Civil Veterinary Dept. Bombay admin report 1907-1913 - 1907-1913
Year: 1907
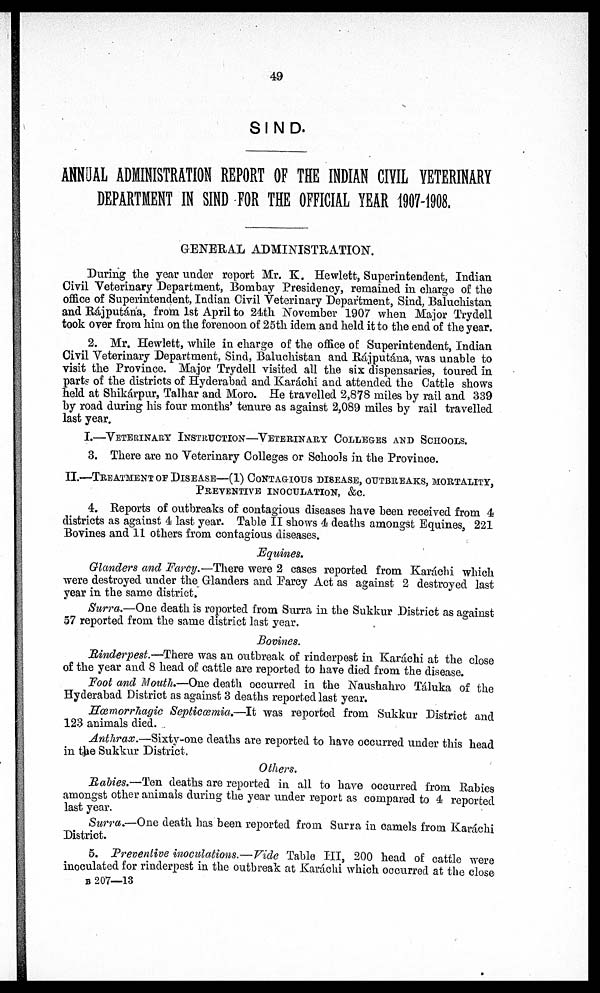
49
SIND.
ANNUAL ADMINISTRATION REPORT OF THE INDIAN CIVIL VETERINARY
DEPARTMENT IN SIND FOR THE OFFICIAL YEAR 1907-1908.
GENERAL ADMINISTRATION.
During the year under report Mr. K. Hewlett, Superintendent, Indian
Civil Veterinary Department, Bombay Presidency, remained in charge of the
office of Superintendent, Indian Civil Veterinary Department, Sind, Baluchistan
and Rájputána, from 1st April to 24th November 1907 when Major Trydell
took over from him on the forenoon of 25th idem and held it to the end of the year.
2. Mr. Hewlett, while in charge of the office of Superintendent, Indian
Civil Veterinary Department, Sind, Baluchistan and Rájputána, was unable to
visit the Province. Major Trydell visited all the six dispensaries, toured in
parts of the districts of Hyderabad and Karáchi and attended the Cattle shows
held at Shikárpur, Talhar and Moro. He travelled 2,878 miles by rail and 339
by road during his four months' tenure as against 2,089 miles by rail travelled
last year.
I.—VETERINARY INSTRUCTION—VETERINARY COLLEGES AND SCHOOLS.
3. There are no Veterinary Colleges or Schools in the Province.
II.—TREATMENT OF DISEASE—(1) CONTAGIOUS DISEASE, OUTBREAKS, MORTALITY,
PREVENTIVE INOCULATION, &C.
4. Reports of outbreaks of contagious diseases have been received from 4
districts as against 4 last year. Table II shows 4 deaths amongst Equines, 221
Bovines and 11 others from contagious diseases.
Equines.
Glanders and Farcy.—There were 2 cases reported from Karachi which
were destroyed under the Glanders and Farcy Act as against 2 destroyed last
year in the same district.
Surra.—One death is reported from Surra in the Sukkur District as against
57 reported from the same district last year.
Bovines.
Rinderpest.—There was an outbreak of rinderpest in Karáchi at the close
of the year and 8 head of cattle are reported to have died from the disease.
Foot and Mouth.—One death occurred in the Naushahro Táluka of the
Hyderabad District as against 3 deaths reported last year.
Hæmorrhagic Septicæmia.—It was reported from Sukkur District and
123 animals died.
Anthrax.—Sixty-one deaths are reported to have occurred under this head
in the Sukkur District.
Others.
Rabies.—Ten deaths are reported in all to have occurred from Rabies
amongst other animals during the year under report as compared to 4 reported
last year.
Surra.—One death has been reported from Surra in camels from Karáchi
District.
5. Preventive inoculations.—Vide Table HI, 200 head of cattle were
inoculated for rinderpest in the outbreak at Karachi which occurred at the close
B 207—13